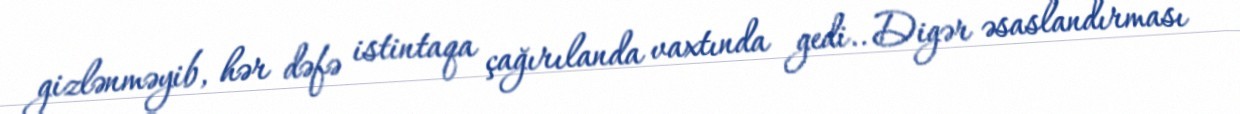
gizlənməyib, hər dəfə istintaqa çağırılanda vaxtında gedi.. Digər əsaslandırması